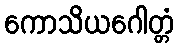
ကောသိယဂေါတ္တံ